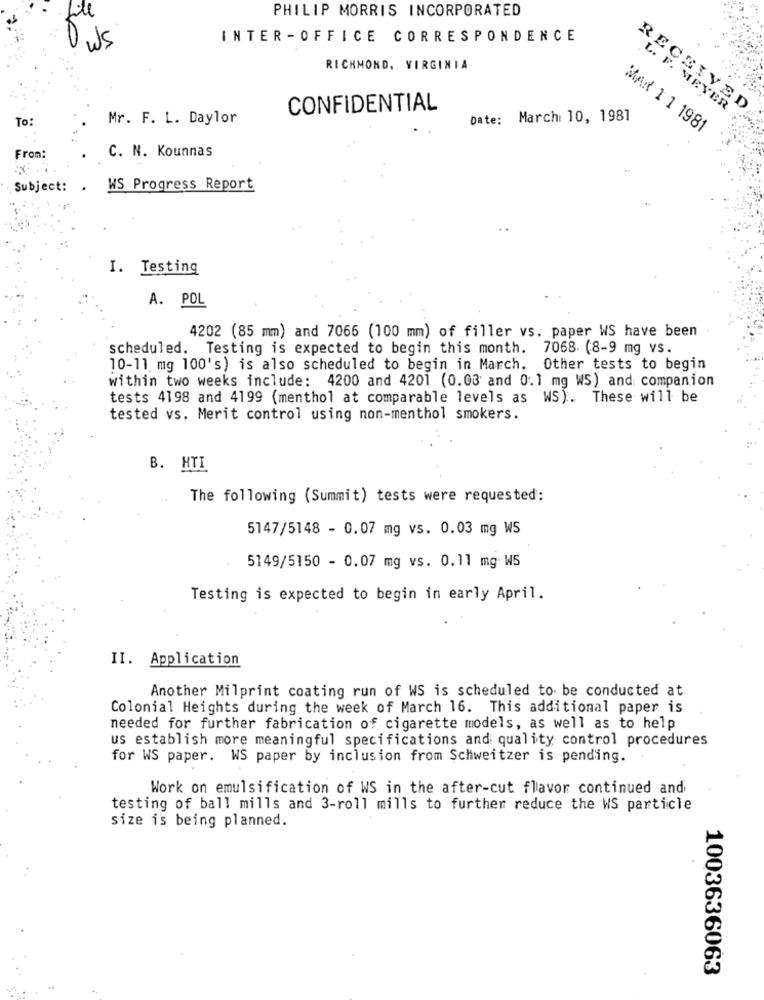
PHILIP MORRIS INCORPORATED
le
INTER -OFFICE CORRESPONDENCE
WS
RICHMOND, VIRGINIA
CONFIDENTIAL
RECEIVED
L. F. MEYER
To:
Mr. F. L. Daylor
Date: March 10, 1981
MAN 1 1 1981
From:
C. N. Kounnas
Subject: .
WS Progress Report
I. Testing
A. POL
4202 (85 mm) and 7066 (100 mm) of filler vs. paper WS have been
scheduled. Testing is expected to begin this month. 7068 (8-9 mg vs.
10-11 mg 100's) is also scheduled to begin in March. Other tests to begin
within two weeks include: 4200 and 4201 (0.03 and 0.1 mg WS) and companion
tests 4198 and 4199 (menthol at comparable levels as WS). These will be
tested vs. Merit control using non-menthol smokers.
B. HTI
The following (Summit) tests were requested:
5147/5148 - 0.07 mg vs. 0.03 mg WS
5149/5150 - 0.07 mg vs. 0.11 mg WS
Testing is expected to begin in early April.
II. Application
Another Milprint coating run of WS is scheduled to be conducted at
Colonial Heights during the week of March 16. This additional paper is
needed for further fabrication of cigarette models, as well as to help
us establish more meaningful specifications and quality control procedures
for WS paper. WS paper by inclusion from Schweitzer is pending.
Work on emulsification of WS in the after-cut flavor continued and
testing of ball mills and 3-roll mills to further reduce the WS particle
size is being planned.
1003636063